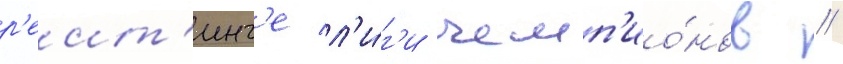
р'еит'инг'е л'и́г'и чемп'ио́нов //